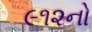
૯૧૨નો